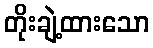
တိုးချဲ့ထားသော